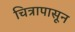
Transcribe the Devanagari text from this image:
चित्रापासून